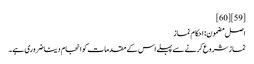
[59] [60]
اصل مضمون: احکام نماز
نماز شروع کرنے سے پہلے اس کے مقدمات کو انجام دینا ضروری ہے۔